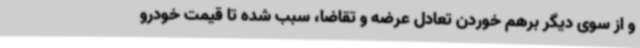
و از سوی دیگر برهم خوردن تعادل عرضه و تقاضا، سبب شده تا قیمت خودرو